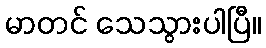
မာတင် သေသွားပါပြီ။